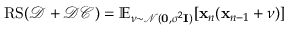
\mathrm { R S } ( \mathcal D + \mathcal { D C } ) = \mathbb { E } _ { \boldsymbol \nu \sim \mathcal { N } ( \mathbf 0 , \sigma ^ { 2 } \mathbf I ) } [ { \mathbf { x } } _ { n } ( \mathbf x _ { n - 1 } + \boldsymbol \nu ) ]